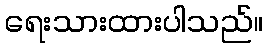
ရေးသားထားပါသည်။